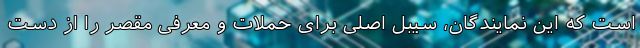
است که این نمایندگان، سیبل اصلی برای حملات و معرفی مقصر را از دست